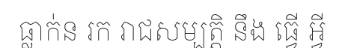
ធ្លាក់ន រក រាជសម្បត្តិ នឹង ធ្វើ អ្វី